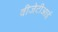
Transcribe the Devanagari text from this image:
वीजेटीआई